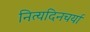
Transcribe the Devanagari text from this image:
नित्यदिनचर्या